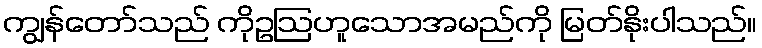
ကျွန်တော်သည် ကိုဥဩဟူသောအမည်ကို မြတ်နိုးပါသည်။